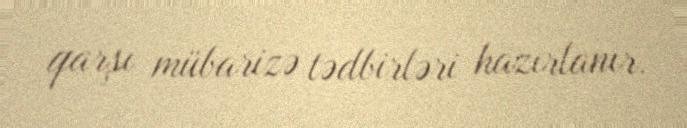
qarşı mübarizə tədbirləri hazırlanır.